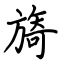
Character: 旖